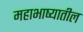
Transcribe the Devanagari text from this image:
महाभाष्यातील